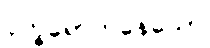
ဒုက္ခရောက်နေသော